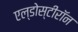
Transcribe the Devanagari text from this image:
एल्डोस्टीरॉन